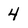
Character: 4